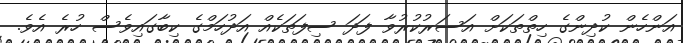
އަންހެން ކުދިންގެ ހިތްތަކަށް އަސަރުކުރުވާ ފަދަ ސިފަތަކެއް އަދުހަމްގެ ކިބާގައިވެސް ހުރެ އެވެ.